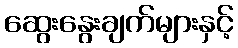
ဆွေးနွေးချက်များနှင့်